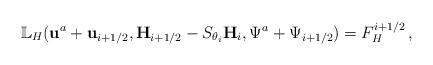
LaTeX: \begin{align*}\mathbb L_H({\mathbf u}^a+\mathbf{u}_{i+1/2},{\mathbf H}_{i+1/2}-S_{\theta_i}{\mathbf H}_i,\Psi^a+\Psi_{i+1/2})=F^{i+1/2}_H\,,\end{align*}